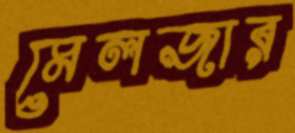
মেলজার